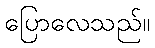
ပြောလေသည်။